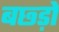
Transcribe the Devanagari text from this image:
बछ्ड़ों